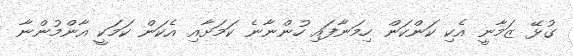
ގުޅޭ ޒަމާނީ އެކި ކަންކަން ހިމަނާފައި ހުންނާނެ ކަމަށާއި އެކަން ކަމަކީ އާންމުންނާ